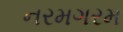
નરમગરમ